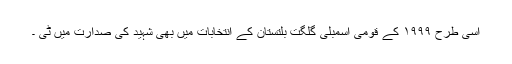
اسی طرح ۱۹۹۹ کے قومی اسمبلی گلگت بلتستان کے انتخابات میں بھی شہید کی صدارت میں ٹی ۔